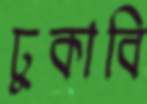
ঢুকাবি